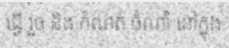
ធ្វើ រួច និង កំណត់ ចំណាំ នៅក្នុង